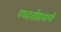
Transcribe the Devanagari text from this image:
पध्दतीप्रमाणे